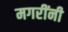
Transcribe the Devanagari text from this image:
मगरींनी